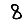
Digit: 8